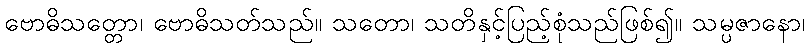
ဗောဓိသတ္တော၊ ဗောဓိသတ်သည်။ သတော၊ သတိနှင့်ပြည့်စုံသည်ဖြစ်၍။ သမ္ပဇာနော၊